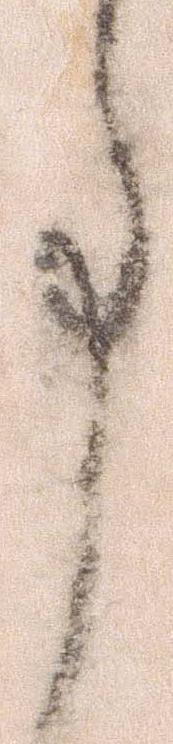
事